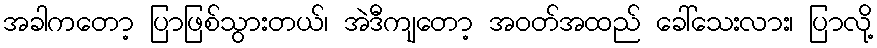
အခါကတော့ ပြာဖြစ်သွားတယ်၊ အဲဒီကျတော့ အဝတ်အထည် ခေါ်သေးလား၊ ပြာလို့